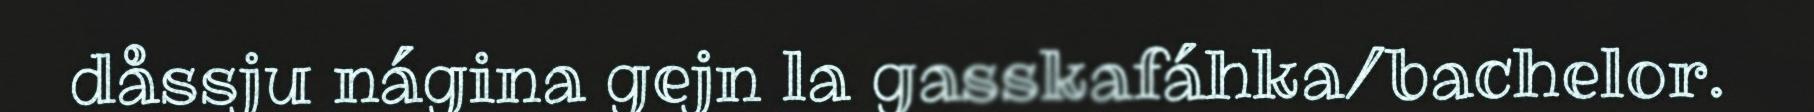
dåssju nágina gejn la gasskafáhka/bachelor.